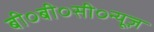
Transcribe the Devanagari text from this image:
बी०बी०सी०न्यूज़